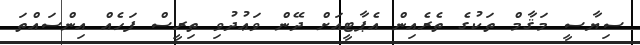
ސިޔާސީ މަޤާމް ތަކުގެ ތެރެއިން އެޕާޓީއަށް ދޭން ވަޢުދުވި ތިރީސް ފަހެއް އިންސައްތަ